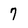
Character: 7